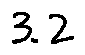
3 . 2